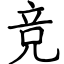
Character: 竞